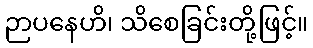
ဉာပနေဟိ၊ သိစေခြင်းတို့ဖြင့်။